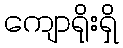
ကျောရိုးရှိ